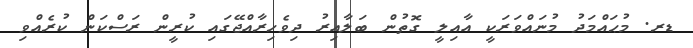
ޑރ. މުޙައްމަދު މުނައްވަރަކީ އާއިލީ ގޮތުން ބަލާއިރު ދިވެހިރާއްޖޭގައި ކުރީން ރަސްކަން ކުރެއްވި